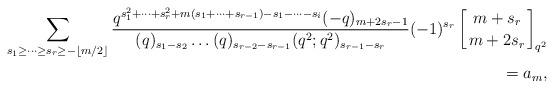
LaTeX: \begin{align*}\sum_{s_1\geq\dots\geq s_{r}\geq-\left\lfloor m/2\right\rfloor}\frac{q^{s_1^2+\dots+s_{r}^2+m(s_1+\dots+s_{r-1})-s_1-\dots-s_{i}}(-q)_{m+2s_r-1}}{(q)_{s_1-s_2}\dots(q)_{s_{r-2}-s_{r-1}}(q^2;q^2)_{s_{r-1}-s_{r}}}(-1)^{s_r}\left[{m+s_r\atop m+2s_r}\right]_{q^2}\\=a_m,\end{align*}